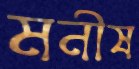
মনীষ